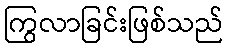
ကြွလာခြင်းဖြစ်သည်